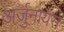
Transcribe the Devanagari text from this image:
अर्जुनायस